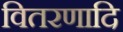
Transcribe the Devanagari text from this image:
वितरणादि